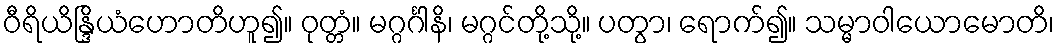
ဝီရိယိန္ဒြိယံဟောတိဟူ၍။ ဝုတ္တံ။ မဂ္ဂင်္ဂါနိ၊ မဂ္ဂင်တို့သို့။ ပတွာ၊ ရောက်၍။ သမ္မာဝါယောမောတိ၊